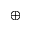
_ \oplus